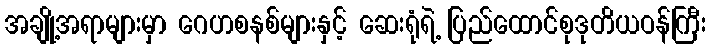
အချို့အရာများမှာ ဂေဟစနစ်များနှင့် ဆေးရုံရဲ့ ပြည်ထောင်စုဒုတိယဝန်ကြီး